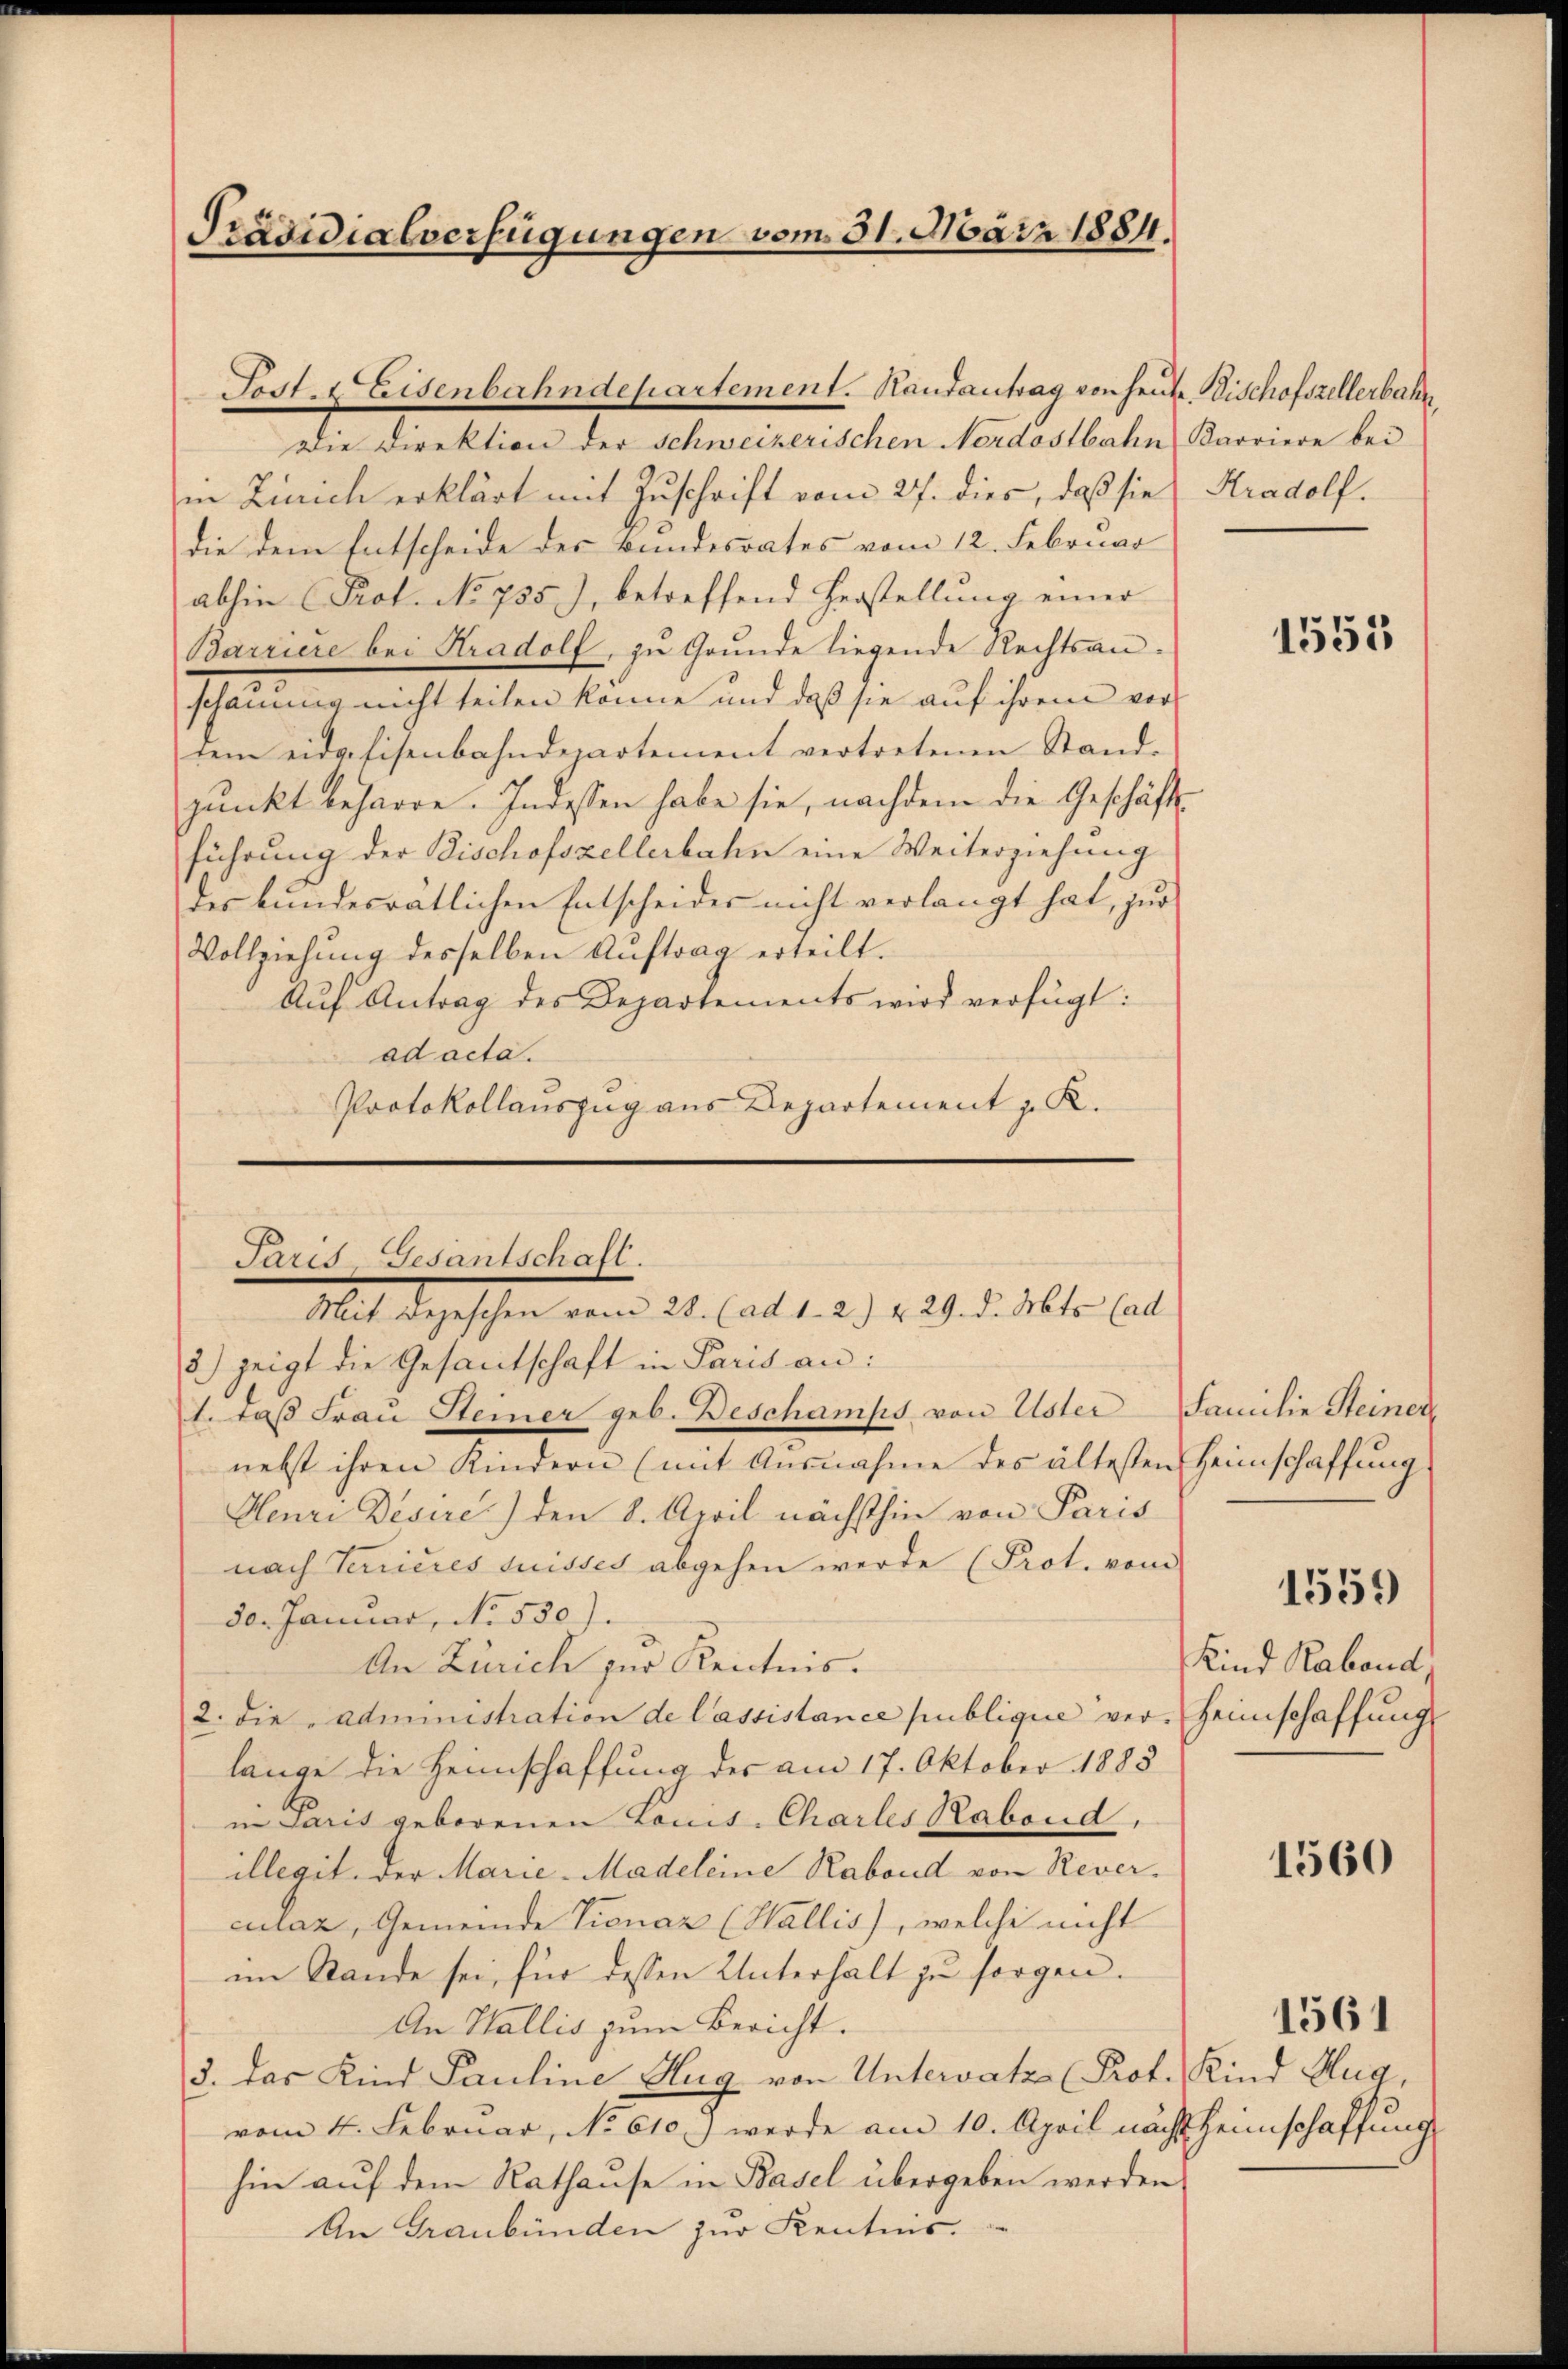
Präsidialverfügungen vom 31. März 1884.

Die Direktion der Schweizerischen Nordostbahn Karriere bei
in Zürich erklärt mit Zuschrift vom 27. dies, daß sie Kradolf.
die dem Entscheide des Bundesrates vom 12. Februar
abhin (Prot. No 755), betreffend Herstellung einer
Barriere bei Kradolf, zu Grunde liegende Rechtsanschauung nicht teilen könne und daß sie auf ihrem vordem eidgefisenbahndepartement vertretenen Stand-
pŭnkt beharre. Indessen habe sie, nachdem die Geschäfts
führung der Tischofszellerbahn eine Weiterziehung
des bundesratlichen Entscheides nicht verlangt hat, zur
Vollziehung desselben Aŭftrag erteilt.
Auf Antrag des Departements wird verfügt:
ad acta.
Protokollauszug aus Departement z. K.

Post- & Eisenbahndepartement. Handantrag von heute. Bischofszellerbahn

Paris, Gesantschaft.
Mit Bezeschen vom 28. (ad 1. 2.) & 29. d. Mts. (ad
3) zeigt die Gesantschaft in Paris an:
1. daβ Frau Steiner geb. Deschamps von Uster Familie Steiner

nebst ihren Kindern (mit Ausnahme des ältesten Heimschaffung
Henri Desire) den 8. April nächsthin von Paris
nach Terrieres suisses abgehen werde (Prot. vom
de. Januar, No. 530).
An Zürich zur Kenntnis.
2. die Administration de lassistance publique ver-Heimschaffung
lange die Heimschaffung des am 17. Oktober 1885
in Paris geborenen Louis-Charles Rabond,
illegit, der Marie-Madeleine Rabond von Reverculaz, Gemeinde Vionar (Wallis), welche nicht
im Stande sei, für dessen Unterhalt zu sorgen.
An Wallis zum Bericht.
3. das Kind Pauline Hug von Untervatz Prof. Kind Hug,
vom 4. Februar, No 610.) werde am 10. April nächt Heimschaffung
hin auf dem Rathause in Basel übergeben werden
An Graubünden zur Kentnis.

1555

1559
Kind Raband,

1560

1561